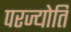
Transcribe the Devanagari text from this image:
परज्योति